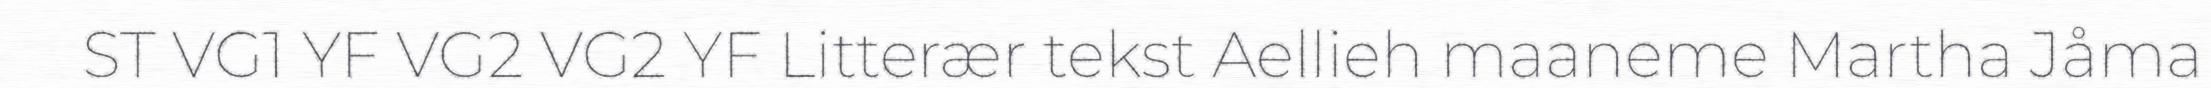
ST VG1 YF VG2 VG2 YF Litterær tekst Aellieh maaneme Martha Jåma